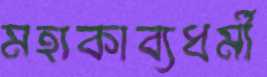
মহাকাব্যধর্মী